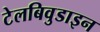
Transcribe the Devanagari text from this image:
टेलबिवुडाइन